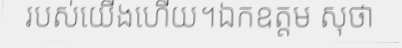
របស់យើងហើយ។ឯកឧត្តម សុថា